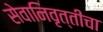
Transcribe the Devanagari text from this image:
सेवानिवृत्‍तीचा